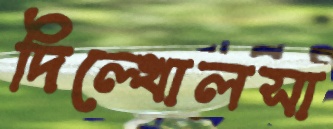
দিল্‌খোলসা